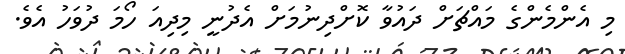
މި އެންމެންގެ މައްޗަށް ދައުވާ ކޮށްދިނުމަށް އެދުނީ މިދިއަ ހޯމަ ދުވަހު އެވެ.